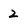
Character: 2